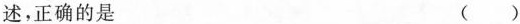
述，正确的是 （ ）